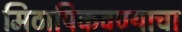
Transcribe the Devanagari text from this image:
मिठापिकवण्याचा